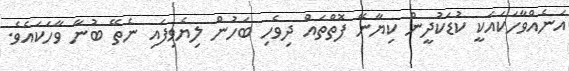
އަނެއްވާހަކައަކީ ކުޑަކުދީން ކިޔާނޭ ފޮތްތައް ދިވެހި ބަހުން ލިޔެވިފައި ނެތޭ ބުނާ ވާހަކައެވެ.